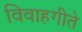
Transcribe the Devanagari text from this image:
विवाहगीते